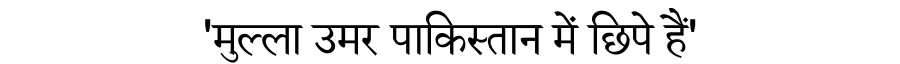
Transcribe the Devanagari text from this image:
'मुल्ला उमर पाकिस्तान में छिपे हैं'